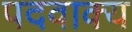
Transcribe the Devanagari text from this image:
पदवाक्य